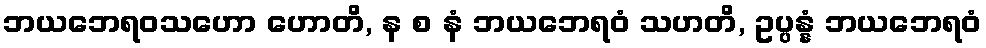
ဘယဘေရဝသဟော ဟောတိ, န စ နံ ဘယဘေရဝံ သဟတိ, ဥပ္ပန္နံ ဘယဘေရဝံ